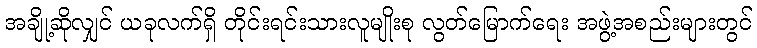
အချို့ဆိုလျှင် ယခုလက်ရှိ တိုင်းရင်းသားလူမျိုးစု လွတ်မြောက်ရေး အဖွဲ့အစည်းများတွင်